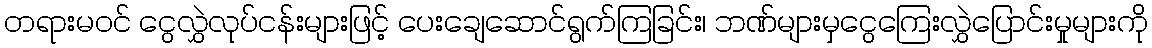
တရားမဝင် ငွေလွှဲလုပ်ငန်းများဖြင့် ပေးချေဆောင်ရွက်ကြခြင်း၊ ဘဏ်များမှငွေကြေးလွှဲပြောင်းမှုများကို